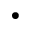
\bullet